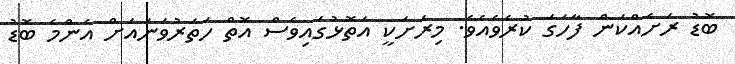
ބޮޑު ރަށެއްކަން ފާހަގަ ކުރެވެއެވެ. މިރަށަކީ އަތޮޅުގައިވެސް އޮތް ހަތަރުވަނައަށް އެންމެ ބޮޑު